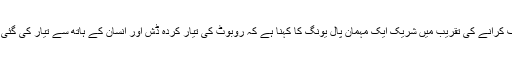
صوفی روبوٹک شیف کو متعارف کرانے کی تقریب میں شریک ایک مہمان پال یونگ کا کہنا ہے کہ روبوٹ کی تیار کردہ ڈش اور انسان کے ہاتھ سے تیار کی گئی ڈش میں کوئی فرق نہیں پایا گیا۔